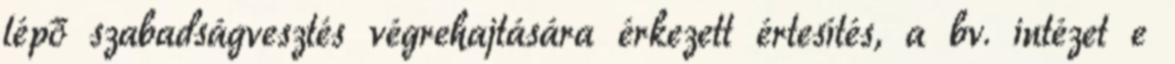
lépő szabadságvesztés végrehajtására érkezett értesítés, a bv. intézet e